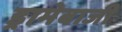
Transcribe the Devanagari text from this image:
ड्रामेबाजी